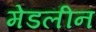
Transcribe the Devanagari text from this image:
मेडलीन